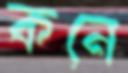
কনে